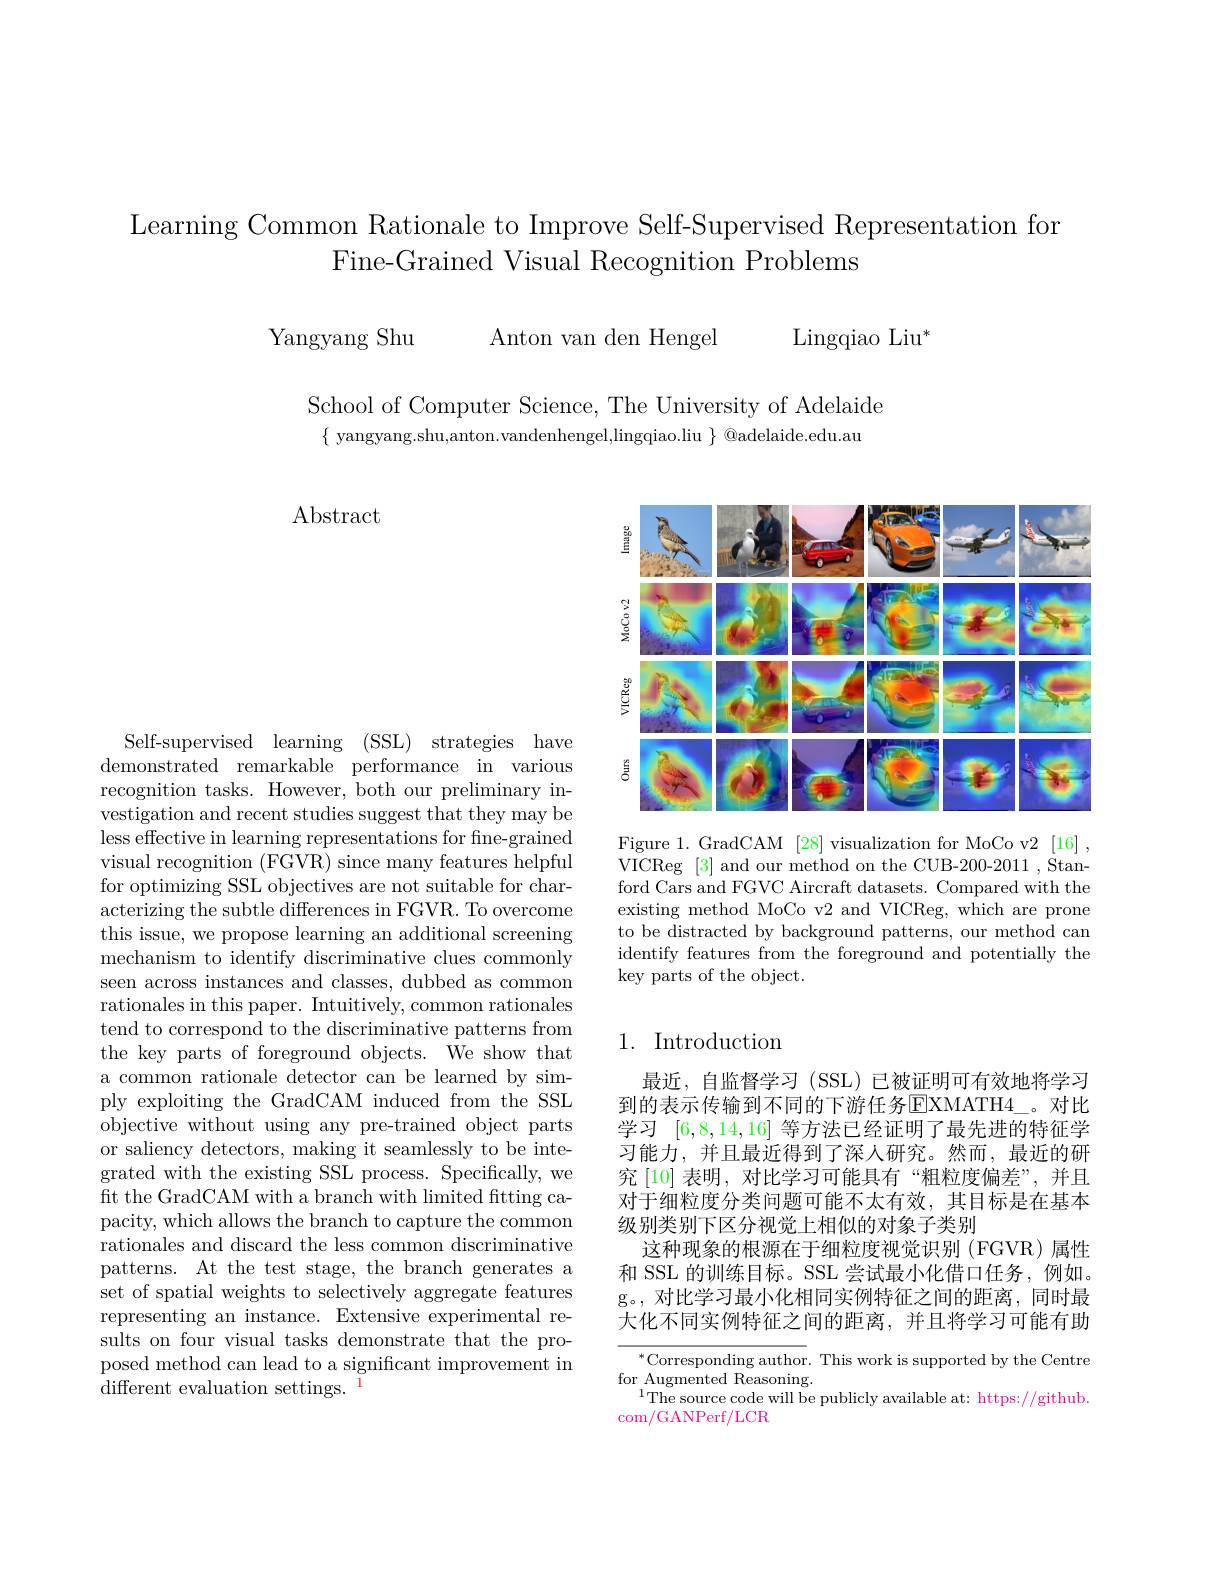
Learning Common Rationale to Improve Self-Supervised Representation for
Fine-Grained Visual Recognition Problems

Yangyang Shu Anton van den Hengel

Lingqiao Liu$^*$

School of Computer Science, The University of Adelaide $\{$ yangyang.shu,anton.vandenhengel,lingqiao.liu $\}$ @adelaide.edu.au

Abstract

Self-supervised learning (SSL) strategies have demonstrated remarkable performance in various recognition tasks. However, both our preliminary investigation and recent studies suggest that they may be less effective in learning representations for fine-grained visual recognition (FGVR) since many features helpful for optimizing SSL objectives are not suitable for characterizing the subtle differences in FGVR. To overcome this issue, we propose learning an additional screening mechanism to identify discriminative clues commonly seen across instances and classes, dubbed as common rationales in this paper. Intuitively, common rationales tend to correspond to the discriminative patterns from the key parts of foreground objects. We show that a common rationale detector can be learned by simply exploiting the GradCAM induced from the SSL objective without using any pre-trained object parts or saliency detectors, making it seamlessly to be integrated with the existing SSL process. Specifically, we fit the GradCAM with a branch with limited fitting capacity, which allows the branch to capture the common rationales and discard the less common discriminative patterns. At the test stage, the branch generates a set of spatial weights to selectively aggregate features representing an instance. Extensive experimental results on four visual tasks demonstrate that the proposed method can lead to a significant improvement in different evaluation settings.$^{1}$

<FigureHere>

Figure 1.GradCAM [28] visualization for MoCo v2[16], VICReg [3] and our method on the CUB-200-2011, Stanford Cars and FGVC Aircraft datasets. Compared with the existing method MoCo v2 and VICReg, which are prone to be distracted by background patterns, our method can identify features from the foreground and potentially the key parts of the object.

## 1. Introduction

最近，自监督学习(SSL)已被证明可有效地将学习到的表示传输到不同的下游任务$\overline{\mathrm{E}}$XMATH4\_。对比学习[6,8,14,16]等方法已经证明了最先进的特征学习能力，并且最近得到了深人研究。然而，最近的研究[10]表明，对比学习可能具有“粗粒度偏差”,并且对于细粒度分类问题可能不太有效，其目标是在基本级别类别下区分视觉上相似的对象子类别
这种现象的根源在于细粒度视觉识别(FGVR)属性和 SSL 的训练目标。SSL 尝试最小化借口任务，例如。g。,对比学习最小化相同实例特征之间的距离，同时最大化不同实例特征之间的距离，并且将学习可能有助

$^*$Corresponding author. This work is supported by the Centre
for Augmented Reasoning.
$^{1}$The source code will be publicly available at: https://github.
com/GANPerf/LCR